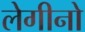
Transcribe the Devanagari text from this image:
लेगीनो